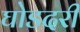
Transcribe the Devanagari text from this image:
घोडदरी